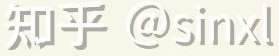
知乎 @sinxl